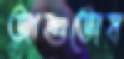
আশুতোষ